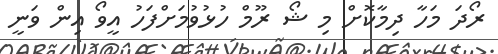
ރޯދަ މަހާ ދިމާކޮށް މި ޝޯ ރޫމް ހުޅުވުމަށްފަހު އީވޯ އިން ވަނީ